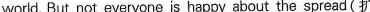
world. But not everyone is happy about the spread(扩